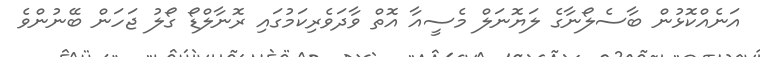
އަނެއްކޮޅުން ބާސެލޯނާގެ ލަޔޮނަލް މެސީއާ އޮތް ވާދަވެރިކަމުގައި ރޮނާލްޑޯ ގޯލު ޖަހަން ބޭނުންވެ